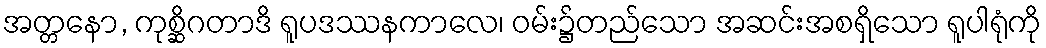
အတ္တနော, ကုစ္ဆိဂတာဒိ ရူပဒဿနကာလေ၊ ဝမ်း၌တည်သော အဆင်းအစရှိသော ရူပါရုံကို